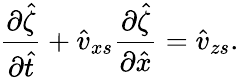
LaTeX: \frac{\partial\hat{\zeta}}{\partial\hat{t}}+\hat{v}_{xs}\frac{\partial\hat{\zeta}}{\partial\hat{x}}=\hat{v}_{zs}.